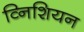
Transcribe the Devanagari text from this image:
व्निशियन